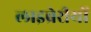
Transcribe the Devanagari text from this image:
लाइब्रेरीयों